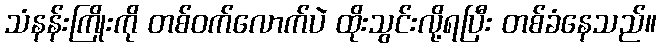
သံနန်းကြိုးကို တစ်ဝက်လောက်ပဲ ထိုးသွင်းလို့ရပြီး တစ်ခံနေသည်။